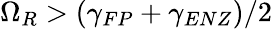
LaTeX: \Omega_{R}>(\gamma_{FP}+\gamma_{ENZ})/2